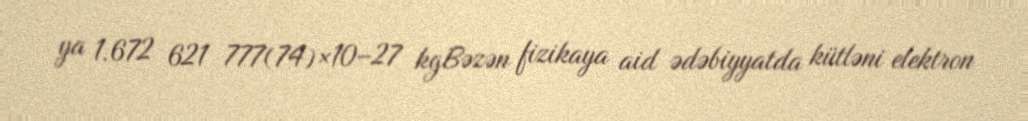
ya 1.672 621 777(74)×10−27 kgBəzən fizikaya aid ədəbiyyatda kütləni elektron